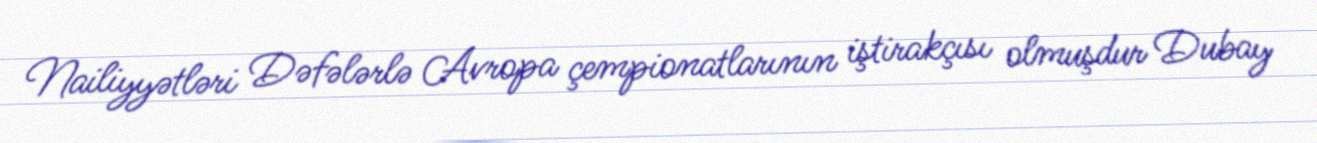
Nailiyyətləri Dəfələrlə Avropa çempionatlarının iştirakçısı olmuşdur Dubay